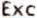
EXC